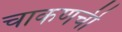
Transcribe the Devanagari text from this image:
चाकणची